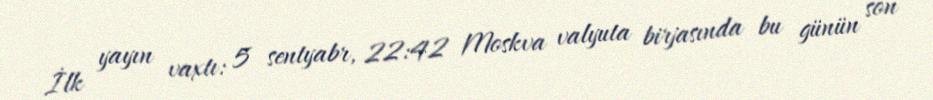
İlk yayın vaxtı: 5 sentyabr, 22:42 Moskva valyuta birjasında bu günün son